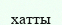
хатты